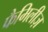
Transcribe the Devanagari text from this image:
फैमिलीज़